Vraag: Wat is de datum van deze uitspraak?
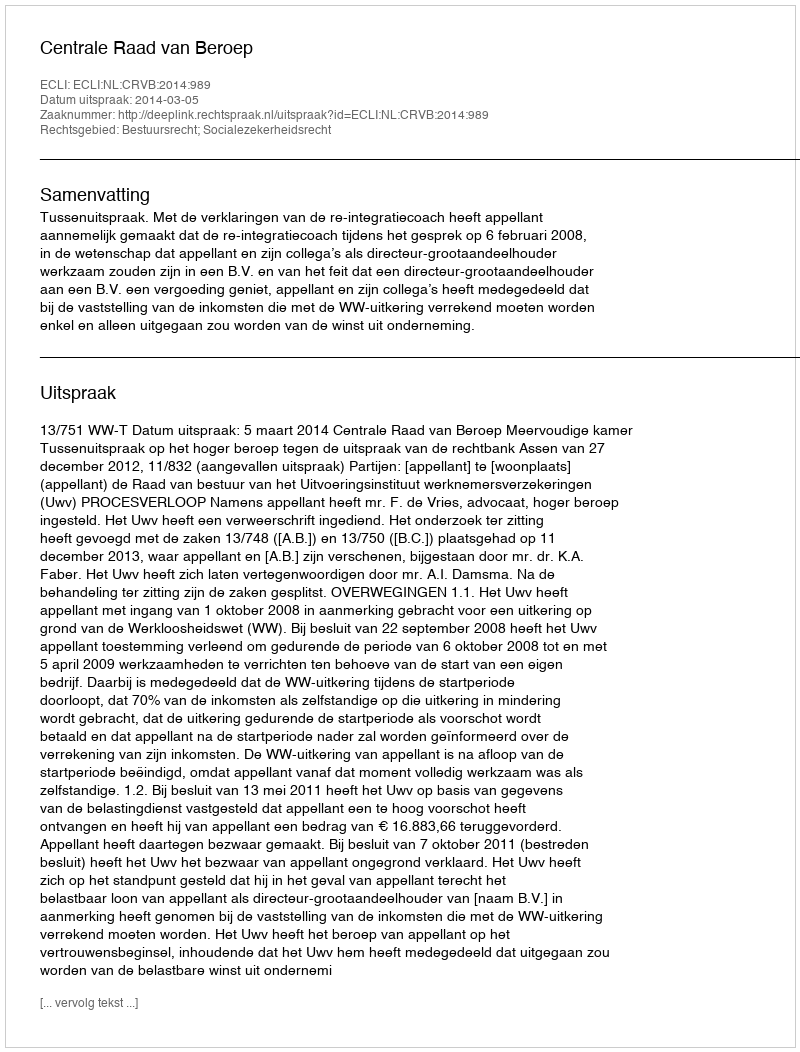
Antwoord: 2014-03-05